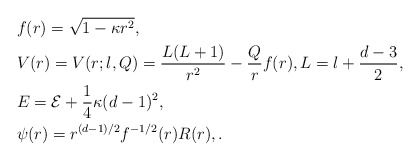
\begin{align*} & f(r) = \sqrt{1-\kappa r^2}, \\ & V(r) = V(r;l,Q) = \frac{L(L+1)}{r^2} - \frac{Q}{r}f(r), L = l + \frac{d-3}{2}, \\ & E = {\cal E} + \frac{1}{4} \kappa (d-1)^2, \\ & \psi(r) = r^{(d-1)/2} f^{-1/2}(r) R(r),. \end{align*}